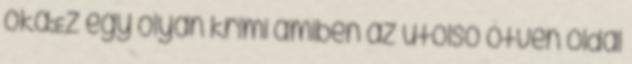
oka:Ez egy olyan krimi amiben az utolsó ötven oldal